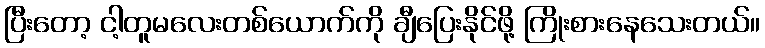
ပြီးတော့ ငါ့တူမလေးတစ်ယောက်ကို ချီပြေးနိုင်ဖို့ ကြိုးစားနေသေးတယ်။